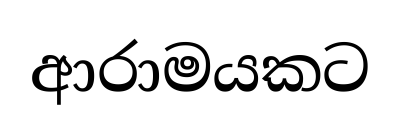
ආරාමයකට